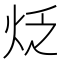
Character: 𤇮